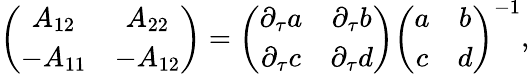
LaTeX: \left(\begin{array}{cc}{{A_{12}}}&{{A_{22}}}\\ {{-A_{11}}}&{{-A_{12}}}\end{array}\right)=\left(\begin{array}{cc}{{\partial_{\tau}a}}&{{\partial_{\tau}b}}\\ {{\partial_{\tau}c}}&{{\partial_{\tau}d}}\end{array}\right)\left(\begin{array}{cc}{{a}}&{{b}}\\ {{c}}&{{d}}\end{array}\right)^{-1},